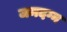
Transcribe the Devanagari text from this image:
जमदग्न